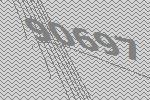
90697